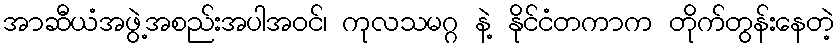
အာဆီယံအဖွဲ့အစည်းအပါအဝင်၊ ကုလသမဂ္ဂ နဲ့ နိုင်ငံတကာက တိုက်တွန်းနေတဲ့